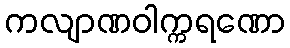
ကလျာဏဝါက္ကရဏော